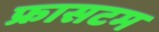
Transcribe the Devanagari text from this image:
फ्रासटम